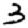
Digit: 3